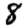
Digit: 8